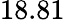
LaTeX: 18.81